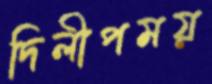
দিলীপময়